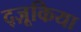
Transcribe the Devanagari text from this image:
द्ज़ूकिया